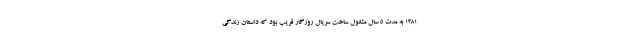
۱۳۸۱ به مدت ۵ سال مشغول ساخت سریال روزگار قریب بود که داستان زندگی